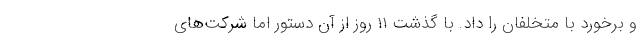
و برخورد با متخلفان را داد. با گذشت ۱۱ روز از آن دستور اما شرکت‌های